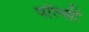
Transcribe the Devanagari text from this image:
पॉल्सी